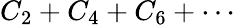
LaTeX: C_{2}+C_{4}+C_{6}+\cdots